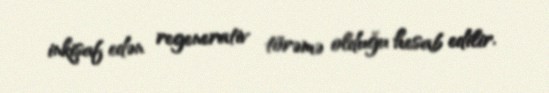
inkişaf edən regenerativ törəmə olduğu hesab edilir.